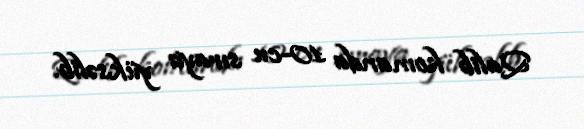
Qalib komanda 10-cu sıraya yüksəlib.